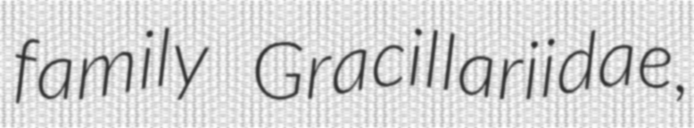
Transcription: family Gracillariidae,